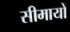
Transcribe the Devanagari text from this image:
सीमायों